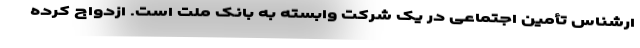
ارشناس تأمین اجتماعی در یک شرکت وابسته به بانک ملت است. ازدواج کرده